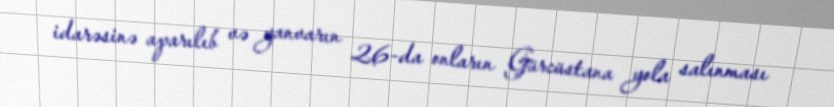
idarəsinə aparılıb və yanvarın 26-da onların Gürcüstana yola salınması